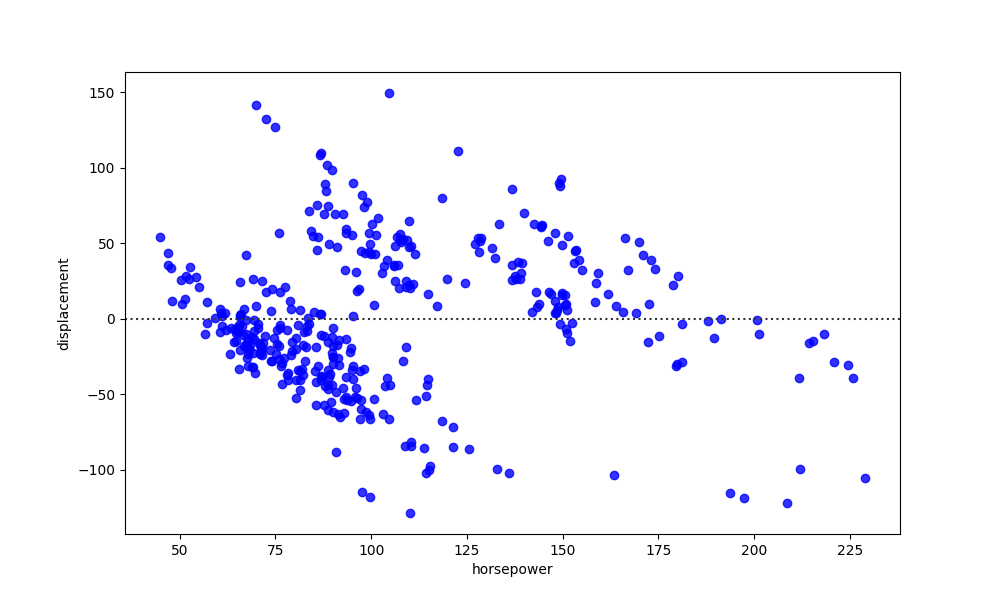
python, seaborn, residplot, lowess=False, scatter_color=blue